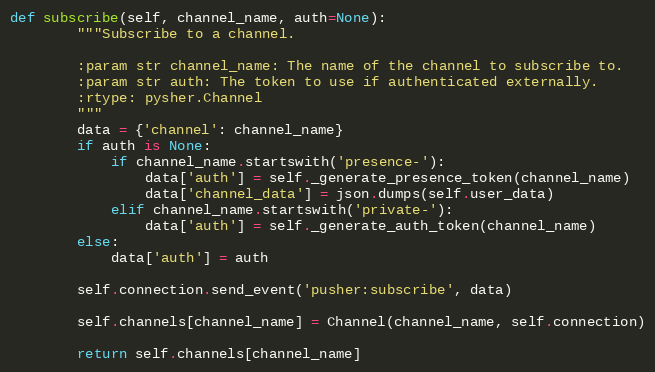
Language: Python
def subscribe(self, channel_name, auth=None):
        """Subscribe to a channel.

        :param str channel_name: The name of the channel to subscribe to.
        :param str auth: The token to use if authenticated externally.
        :rtype: pysher.Channel
        """
        data = {'channel': channel_name}
        if auth is None:
            if channel_name.startswith('presence-'):
                data['auth'] = self._generate_presence_token(channel_name)
                data['channel_data'] = json.dumps(self.user_data)
            elif channel_name.startswith('private-'):
                data['auth'] = self._generate_auth_token(channel_name)
        else:
            data['auth'] = auth

        self.connection.send_event('pusher:subscribe', data)

        self.channels[channel_name] = Channel(channel_name, self.connection)

        return self.channels[channel_name]